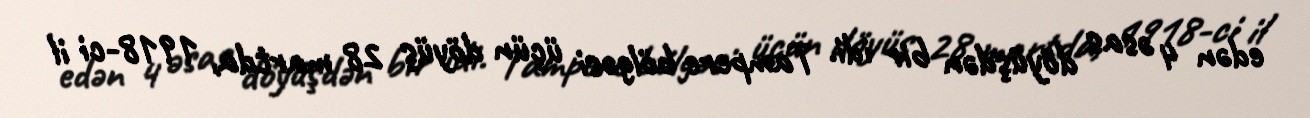
edən 4 əsas döyüşdən bir idi. Tampere bölgəsi üçün döyüş 28 martda, 1918-ci il